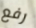
رفع